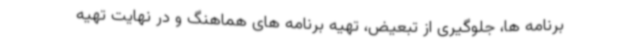
برنامه ها، جلوگیری از تبعیض، تهیه برنامه های هماهنگ و در نهایت تهیه